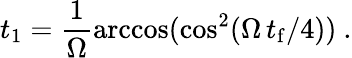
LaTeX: t_{1}=\frac{1}{\Omega}\operatorname{arccos}(\cos^{2}(\Omega\, t_{\mathrm{f}}/4))~.